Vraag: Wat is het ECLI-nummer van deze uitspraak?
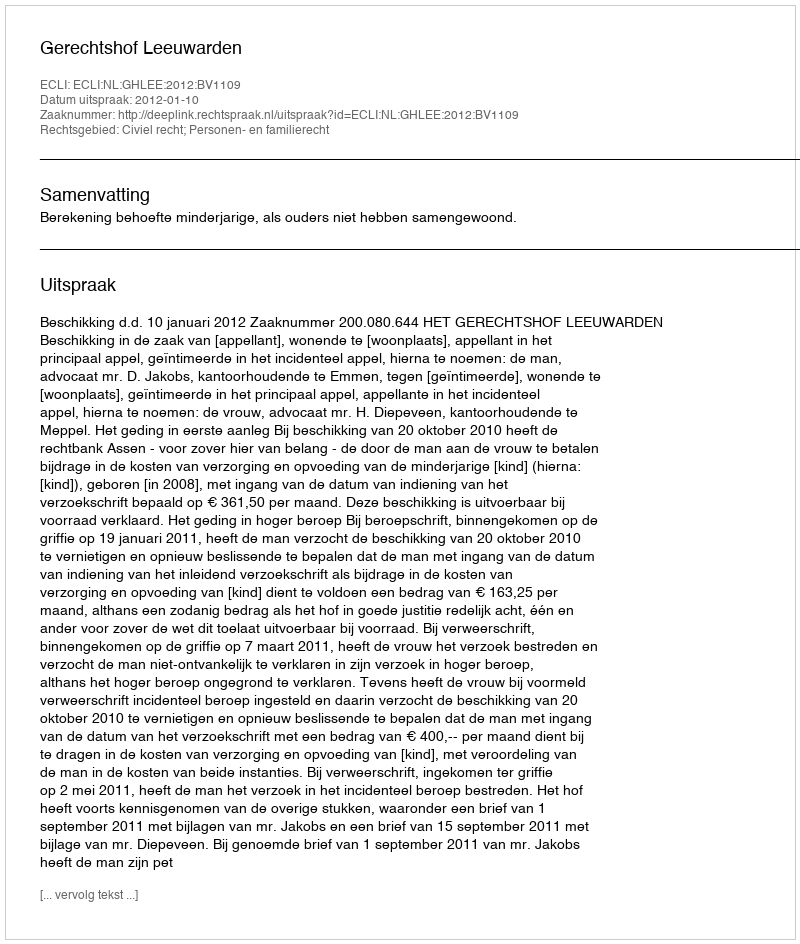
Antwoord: ECLI:NL:GHLEE:2012:BV1109